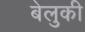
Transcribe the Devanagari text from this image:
बेलुकी